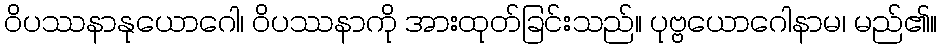
ဝိပဿနာနုယောဂေါ၊ ဝိပဿနာကို အားထုတ်ခြင်းသည်။ ပုဗ္ဗယောဂေါနာမ၊ မည်၏။